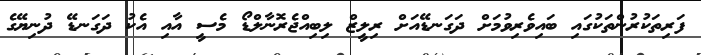
ފަރިތަކުރުންތަކުގައި ބައިވެރިވުމަށް ދަގަނޑޭއަށް ރިލީޒް ލިބިއްޖެރޮނާލްޑޯ މެސީ އާއި އެކު ދަގަނޑޭ ދުނިޔޭގެ